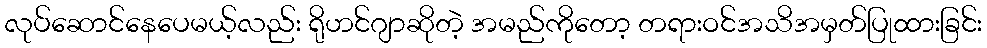
လုပ်ဆောင်နေပေမယ့်လည်း ရိုဟင်ဂျာဆိုတဲ့ အမည်ကိုတော့ တရားဝင်အသိအမှတ်ပြုထားခြင်း